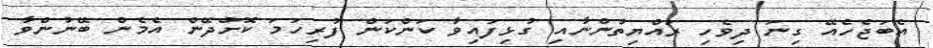
އެބަޖެހެއޭ ގިނަ ދިވެހި ރައްޔިތުންނާއި ގުޅިފައިވާ ކަންކަން ފުރިހަމަ ކޮށްދޭން އެމެން ބޭނުންވާ